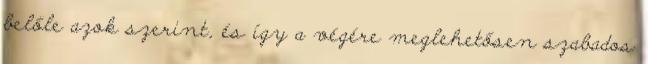
belőle azok szerint, és így a végére meglehetősen szabados